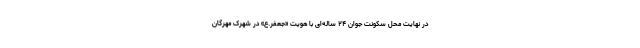
در نهایت محل سکونت جوان ۲۴ ساله‌ای با هویت «جعفر.ع» در شهرک مهرگان